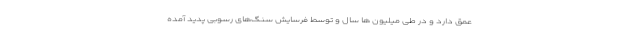
عمق دارد و در طی میلیون ها سال و توسط فرسایش سنگ‌های رسوبی پدید آمده